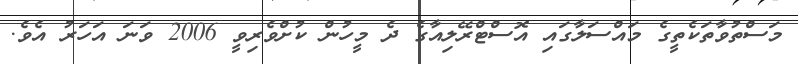
މަސްތުވާތަކެތީގެ މައްސަލާގައި އޮސްޓްރޭލިއާގެ ދެ މީހުން ކުށްވެރިވީ 2006 ވަނަ އަހަރު އެވެ.